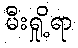
မီးရှို့ရာ